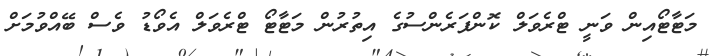
މަޓާޓޯއިން ވަނީ ޓްރެވަލް ކޮންފަރެންސުގެ އިތުރުން މަޓާޓޯ ޓްރެވަލް އެވޯޑު ވެސް ބޭއްވުމަށް